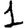
Digit: 1